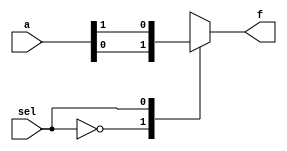
`timescale 1ns/100ps

module mux2to1_always(f ,a, sel);

	output f;
	input [1:0] a;
	input sel;

	reg f;
	always @(sel)
	 case(sel)
	  1'b0:f<=a[0];
	  1'b1:f<=a[1];
	  default:f<=a[0];
	 endcase

endmodule